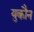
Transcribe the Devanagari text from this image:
युकौन